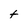
Character: t